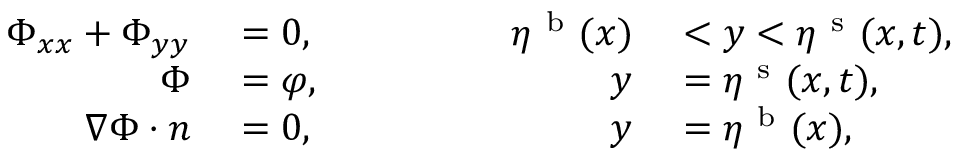
\begin{array} { r l r l } { \Phi _ { x x } + \Phi _ { y y } } & { { } = 0 , } & { \qquad \qquad \eta ^ { \mathrm { ~ b ~ } } ( x ) } & { { } < y < \eta ^ { \mathrm { ~ s ~ } } ( x , t ) , } \\ { \Phi } & { { } = \varphi , } & { \qquad \qquad y } & { { } = \eta ^ { \mathrm { ~ s ~ } } ( x , t ) , } \\ { \nabla \Phi \cdot \boldsymbol n } & { { } = 0 , } & { \qquad \qquad y } & { { } = \eta ^ { \mathrm { ~ b ~ } } ( x ) , } \end{array}